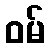
ဝမ်